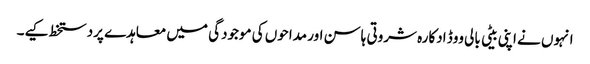
انہوں نے اپنی بیٹی بالی ووڈ ادکارہ شروتی ہاسن اور مداحوں کی موجودگی میں معاہدے پردستخط کیے۔